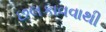
છલકાવવાથી